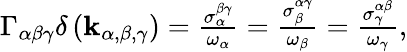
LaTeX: \begin{array}{r}{\Gamma_{\alpha\beta\gamma}\delta\left(\mathbf{k}_{\alpha,\beta,\gamma}\right)=\frac{\sigma_{\alpha}^{\beta\gamma}}{\omega_{\alpha}}=\frac{\sigma_{\beta}^{\alpha\gamma}}{\omega_{\beta}}=\frac{\sigma_{\gamma}^{\alpha\beta}}{\omega_{\gamma}},}\end{array}